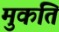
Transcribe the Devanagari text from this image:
मुकति